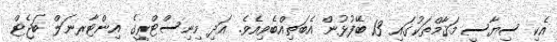
އެކި ސިޔާސީ މަޤާމްތަކުގައި 13 ބޭފުޅުން އެބަތިއްބެވިއެވެ. އަދި މިނިސްޓްރީގެ އިންޓާރނަލް ބަޖެޓް